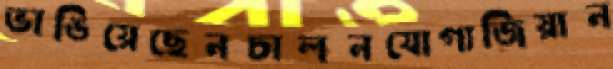
ভাঙিয়েছেনচালনযোগ্যজিয়ান